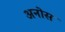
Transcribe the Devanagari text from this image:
अनोस